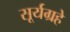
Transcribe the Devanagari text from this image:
सूर्यग्रहे